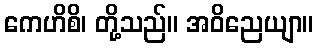
ကေဟိစိ၊ တို့သည်။ အဝိညေယျာ။